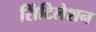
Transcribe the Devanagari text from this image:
सिंटिलेशन